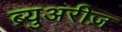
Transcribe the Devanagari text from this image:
ब्र्युअरीज़